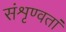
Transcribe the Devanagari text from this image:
संशृण्वतां